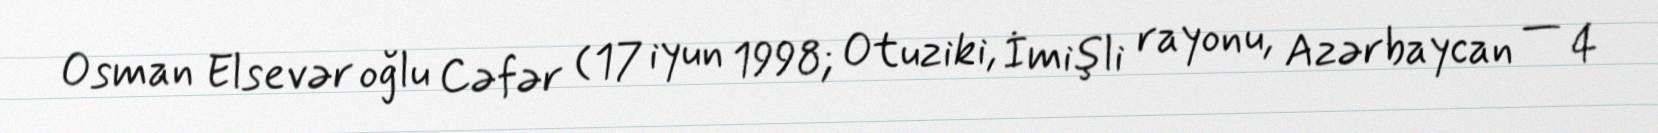
Osman Elsevər oğlu Cəfər (17 iyun 1998; Otuziki, İmişli rayonu, Azərbaycan — 4